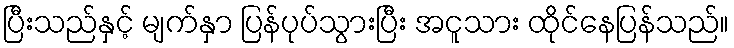
ပြီးသည်နှင့် မျက်နှာ ပြန်ပုပ်သွားပြီး အငူသား ထိုင်နေပြန်သည်။